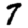
Digit: 7